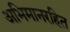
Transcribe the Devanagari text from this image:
अभिमानरहित